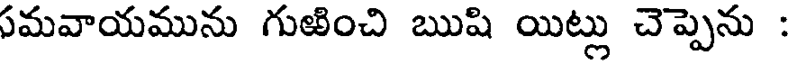
సమవాయమును గుఱించి ఋషి యిట్లు చెప్పెను :